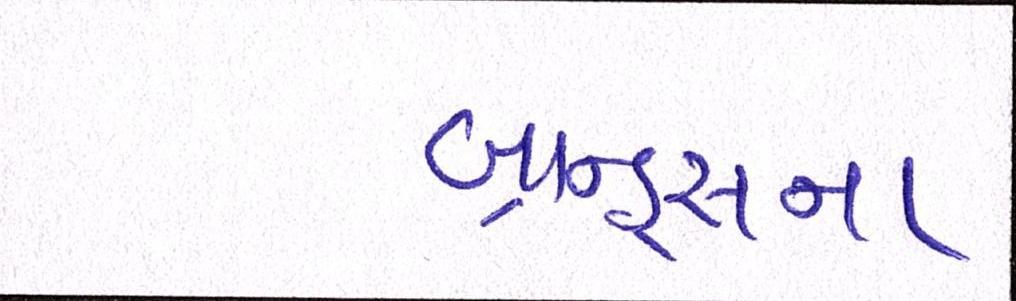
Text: બ્રાન્ડ્સના